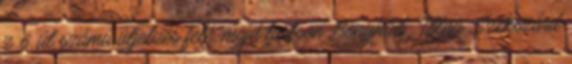
z 6. út számú útjelzés felé, majd tartson Bonyhád Tolna Szekszárd